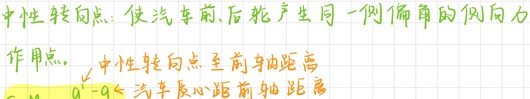
中性转向点：使汽车前、后轮产生同一侧偏角的侧向力作用点。
中性转向点至前轴距离
$a^{\prime}-a<$ 汽车质心距前轴距离